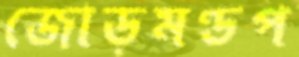
জোড়মণ্ডপ